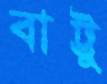
বাট্টু